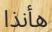
ھأنذا